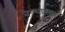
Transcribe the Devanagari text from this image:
बेल्थात्सार